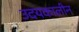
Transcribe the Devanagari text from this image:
उदयकालीन